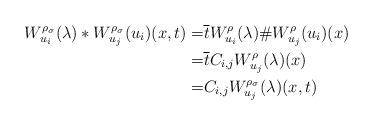
LaTeX: \begin{align*} W^{\rho_\sigma}_{u_i}(\lambda)* W^{\rho_\sigma}_{u_j}(u_i)(x,t)= &\overline{t}W^\rho_{u_i}(\lambda)\#W^\rho_{u_j}(u_i)(x)\\ =&\overline{t}C_{i,j}W^\rho_{u_j}(\lambda)(x)\\ =&C_{i,j}W^{\rho_\sigma}_{u_j}(\lambda)(x,t) \end{align*}